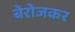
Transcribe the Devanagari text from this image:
बेरोजकर